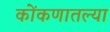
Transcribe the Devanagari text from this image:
कोंकणातल्या